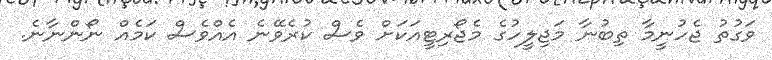
ވަގުތު ޖެހުނީމާ ތިބުނާ މަޖިލީހުގެ މެޖޯރިޓީއަކަށް ވެސް ކުރެވޭނެ އެއްވެސް ކަމެއް ނޯންނާނެ.